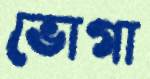
ভোগা